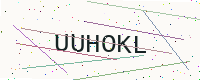
Text: UUHOKL